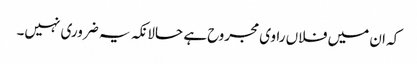
کہ ان میں فلاں راوی مجروح ہے حالانکہ یہ ضروری نہیں۔